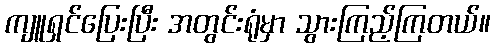
ကျူရှင်ပြေးပြီး အတွင်းရုံမှာ သွားကြည့်ကြတယ်။